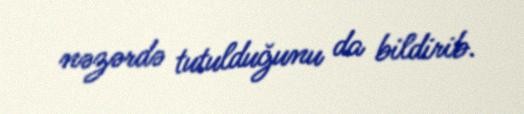
nəzərdə tutulduğunu da bildirib.